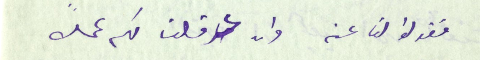
فقولوا لنا عنه وان عرقلت لكم عملاً